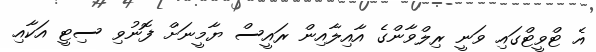
އެ ޓްވީޓްގައި ވަނީ ރިލްވާންގެ އާއިލާއިން ރައީސް ޔާމީނަށް ފޮނުވި ސިޓީ އަކާއި